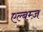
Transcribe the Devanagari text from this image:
एल्बम्ज़